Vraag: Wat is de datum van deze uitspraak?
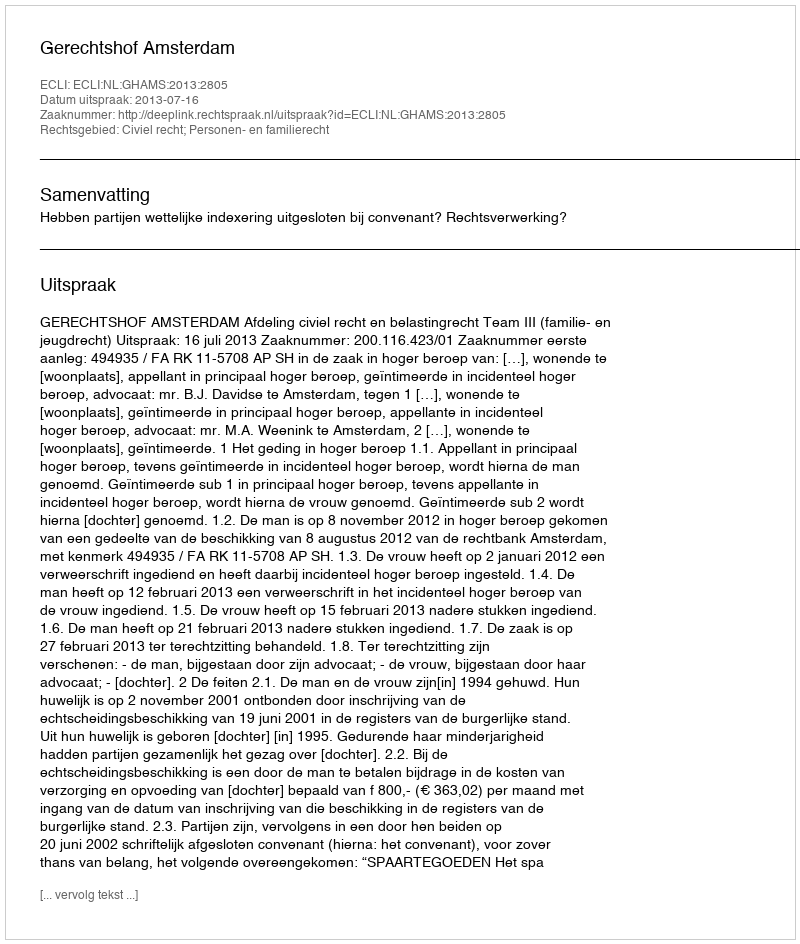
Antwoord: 2013-07-16